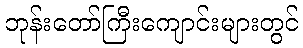
ဘုန်းတော်ကြီးကျောင်းများတွင်